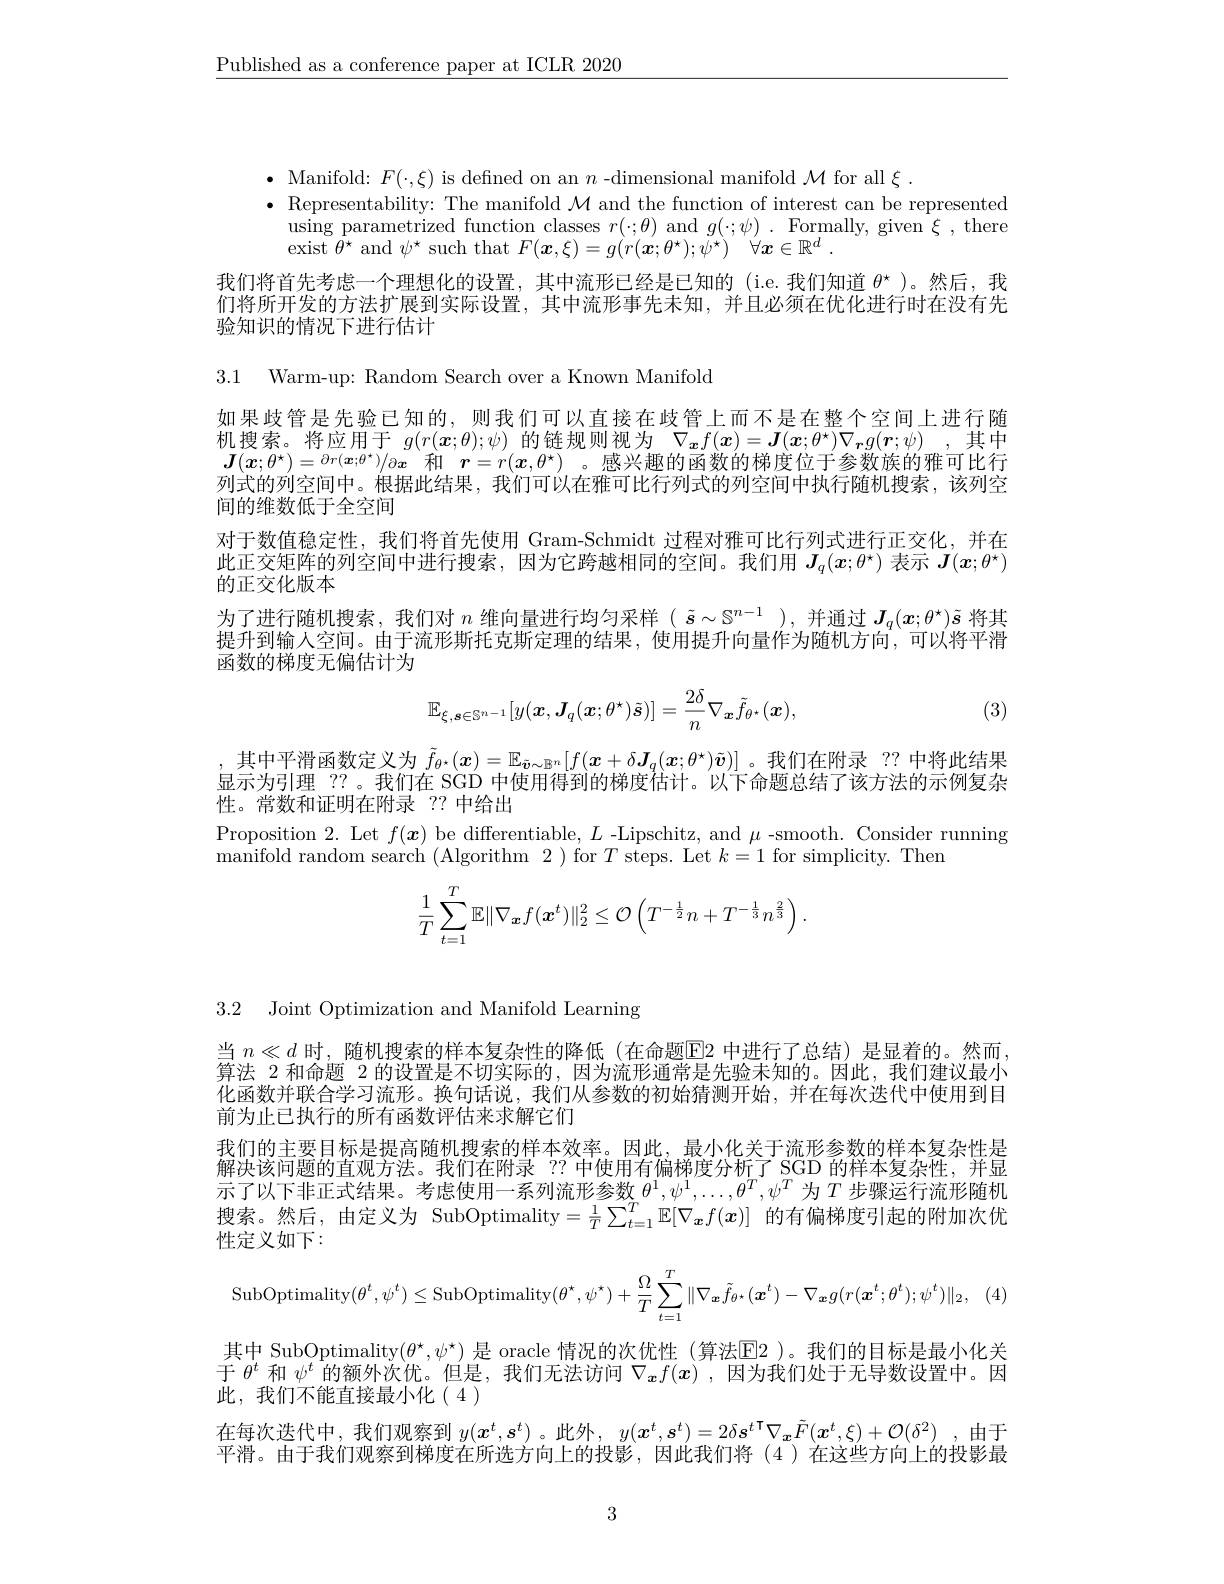
$\underline{\text{Published as a conferenc}}$

$\bullet$ Manifold: $F(\cdot,\xi)$ is defined on an $n$ -dimensional manifold $\mathcal{M}$ for all $\xi.$
$\bullet$ Representability: The manifold $\mathcal{M}$ and the function of interest can be represented
using parametrized function
exist $\theta^{\star}$ and $\psi^{\star}$ such that $F( \boldsymbol{x}, \xi ) = g( r( \boldsymbol{x}; \theta ^{\star }) ; \psi ^{\star })$ $\forall \boldsymbol{x}\in \mathbb{R} ^{d}$ .
我们将首先考虑一个理想化的设置，其中流形已经是已知的(i 们将所开发的方法扩展到实际设置，其中流形事先未知，并且必须在优化进行时在没有先验知识的情况下进行估计

3.1 Warm-up: Random Search over a Known Manifold

如果歧管是先验已知的，则我们可以直接在歧管上而不是在整个机搜索。将应用于$g(r(\boldsymbol{x};\theta);\psi)$的链规则视为$\nabla _{\boldsymbol{x}}f( \boldsymbol{x}) = \boldsymbol{J}( \boldsymbol{x}; \theta ^{\star }) \nabla _{\boldsymbol{r}}g( \boldsymbol{r}; \psi )$ ,其中$\boldsymbol{J}(\boldsymbol{x};\theta^\star)=\partial r(\boldsymbol{x};\theta^\star)$ 列式的列空间中。根据此结果，我们可以在雅可比行列式的列空间的维数低于全空间
对于数值稳定性，我们将首先使用 Gram-Schmidt 此正交矩阵的列空间中进行搜索，因为它跨越相同的空间。我们的正交化版本
为了进行随机搜索，我们对$n$维向量进行均匀采样( $\tilde{s}\sim\mathbb{S}^n-1$ ),并通过$J_q(x;\theta^\star)\tilde{s}$将其提升到输人空间。由于流形斯托克斯定理的结果，使用提升向量函数的梯度无偏估计为
$$\mathbb{E}_{\xi,\boldsymbol{s}\in\mathbb{S}^{n-1}}[y(\boldsymbol{x},\boldsymbol{J}_q(\boldsymbol{x};\theta^\star)\tilde{\boldsymbol{s}})]=\frac{2\delta}{n}\nabla_{\boldsymbol{x}}\tilde{f}_{\theta^\star}(\boldsymbol{x}),$$
(3)

其中平滑函数定义为$\tilde{f}_{\theta^*}(x)=\mathbb{E}$ 显示为引理 ??。我们在 SGD 中使用得到的梯度估计。以下命题总结了该方法的示例复杂性。常数和证明在附录 ?? 中给出
$\begin{array}{l}{\mathrm{Proposition~2.~Let~}f(\boldsymbol{x})~be~differentiable,~L~-Lipschitz,~and~\mu~-mooth.~Consider~running}\\{\mathrm{manifold~random~search~(Algorithm~2~)~for~}T~steps.~Let~k=1~for~simplicity.~Then}\end{array}$
$$\dfrac{1}{T}\sum\limits_{t=1}^{T}\mathbb{E}\|\nabla_{\boldsymbol{x}}f(\boldsymbol{x}^{t})\|_{2}^{2}\leq\mathcal{O}\left(T^{-\frac{1}{2}}n+T^{-\frac{1}{3}}n^{\frac{2}{3}}\right).$$
3.2 Joint Optimization and Manifold Learning

当 $n\ll d$ 时，随机搜索的样本复杂性的降低(在命题E2 中进行了总结)是显着的。然而， 算法 2 和命题 2 的设置是不切实际的，因为流形通常是先验未知的。因此，我们建议最小化函数并联合学习流形。换句话说，我们从参数的初始猜测开始，并在每次迭代中使用到目前为止已执行的所有函数评估来求解它们
我们的主要目标是提高随机搜索的样本效率。因此，最小化关于流形参数的样本复杂性是解决该问题的直观方法。我们在附录 ?? 中使用有偏梯度分析了 SGD 的样本复杂性，并显示了以下非正式结果。考虑使用一系列流形参数$\theta^1,\psi^1,\ldots,\theta^T,\psi^T$为$T$步骤运行流形随机搜索。然后，由定义为 SubOptimality$=\frac1T\sum_{t=1}^T\mathbb{E}[\nabla_{\boldsymbol{x}}f(\boldsymbol{x})]$的有偏梯度引起的附加次优性定义如下：
$$\text{SubOptimality}(\theta^t,\psi^t)\leq\text{SubOptimality}(\theta^\star,\psi^\star)+\frac{\Omega}{T}\sum_{t=1}^T\|\nabla_{\boldsymbol{x}}\tilde{f}_{\theta^\star}(\boldsymbol{x}^t)-\nabla_{\boldsymbol{x}}g(r(\boldsymbol{x}^t;\theta^t);\psi^t)\|_2,$$
其中 SubOptimality$(\theta^\star,\psi^\star)$ 是 oracle 情况的次优性 (算法$\overline{\mathrm{E}}$2 )。我们的目标是最小化关于$\theta^t$和$\psi^t$的额外次优。但是，我们无法访问$\nabla_{\boldsymbol{x}}f(\boldsymbol{x})$ ,因为我们处于无导数设置中。因此，我们不能直接最小化(4)
在每次迭代中，我们观察到$y(x^t,s^t)$。此外，$y(\boldsymbol{x}^t,\boldsymbol{s}^t)=2\delta\boldsymbol{s}^t\mathbf{T}\nabla_{\boldsymbol{x}}\tilde{F}(\boldsymbol{x}^t,\xi)+\mathcal{O}(\delta^2)$,由于平滑。由于我们观察到梯度在所选方向上的投影，因此我们将(4)在这些方向上的投影最

3